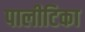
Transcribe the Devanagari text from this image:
पालीटिका